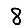
Digit: 8